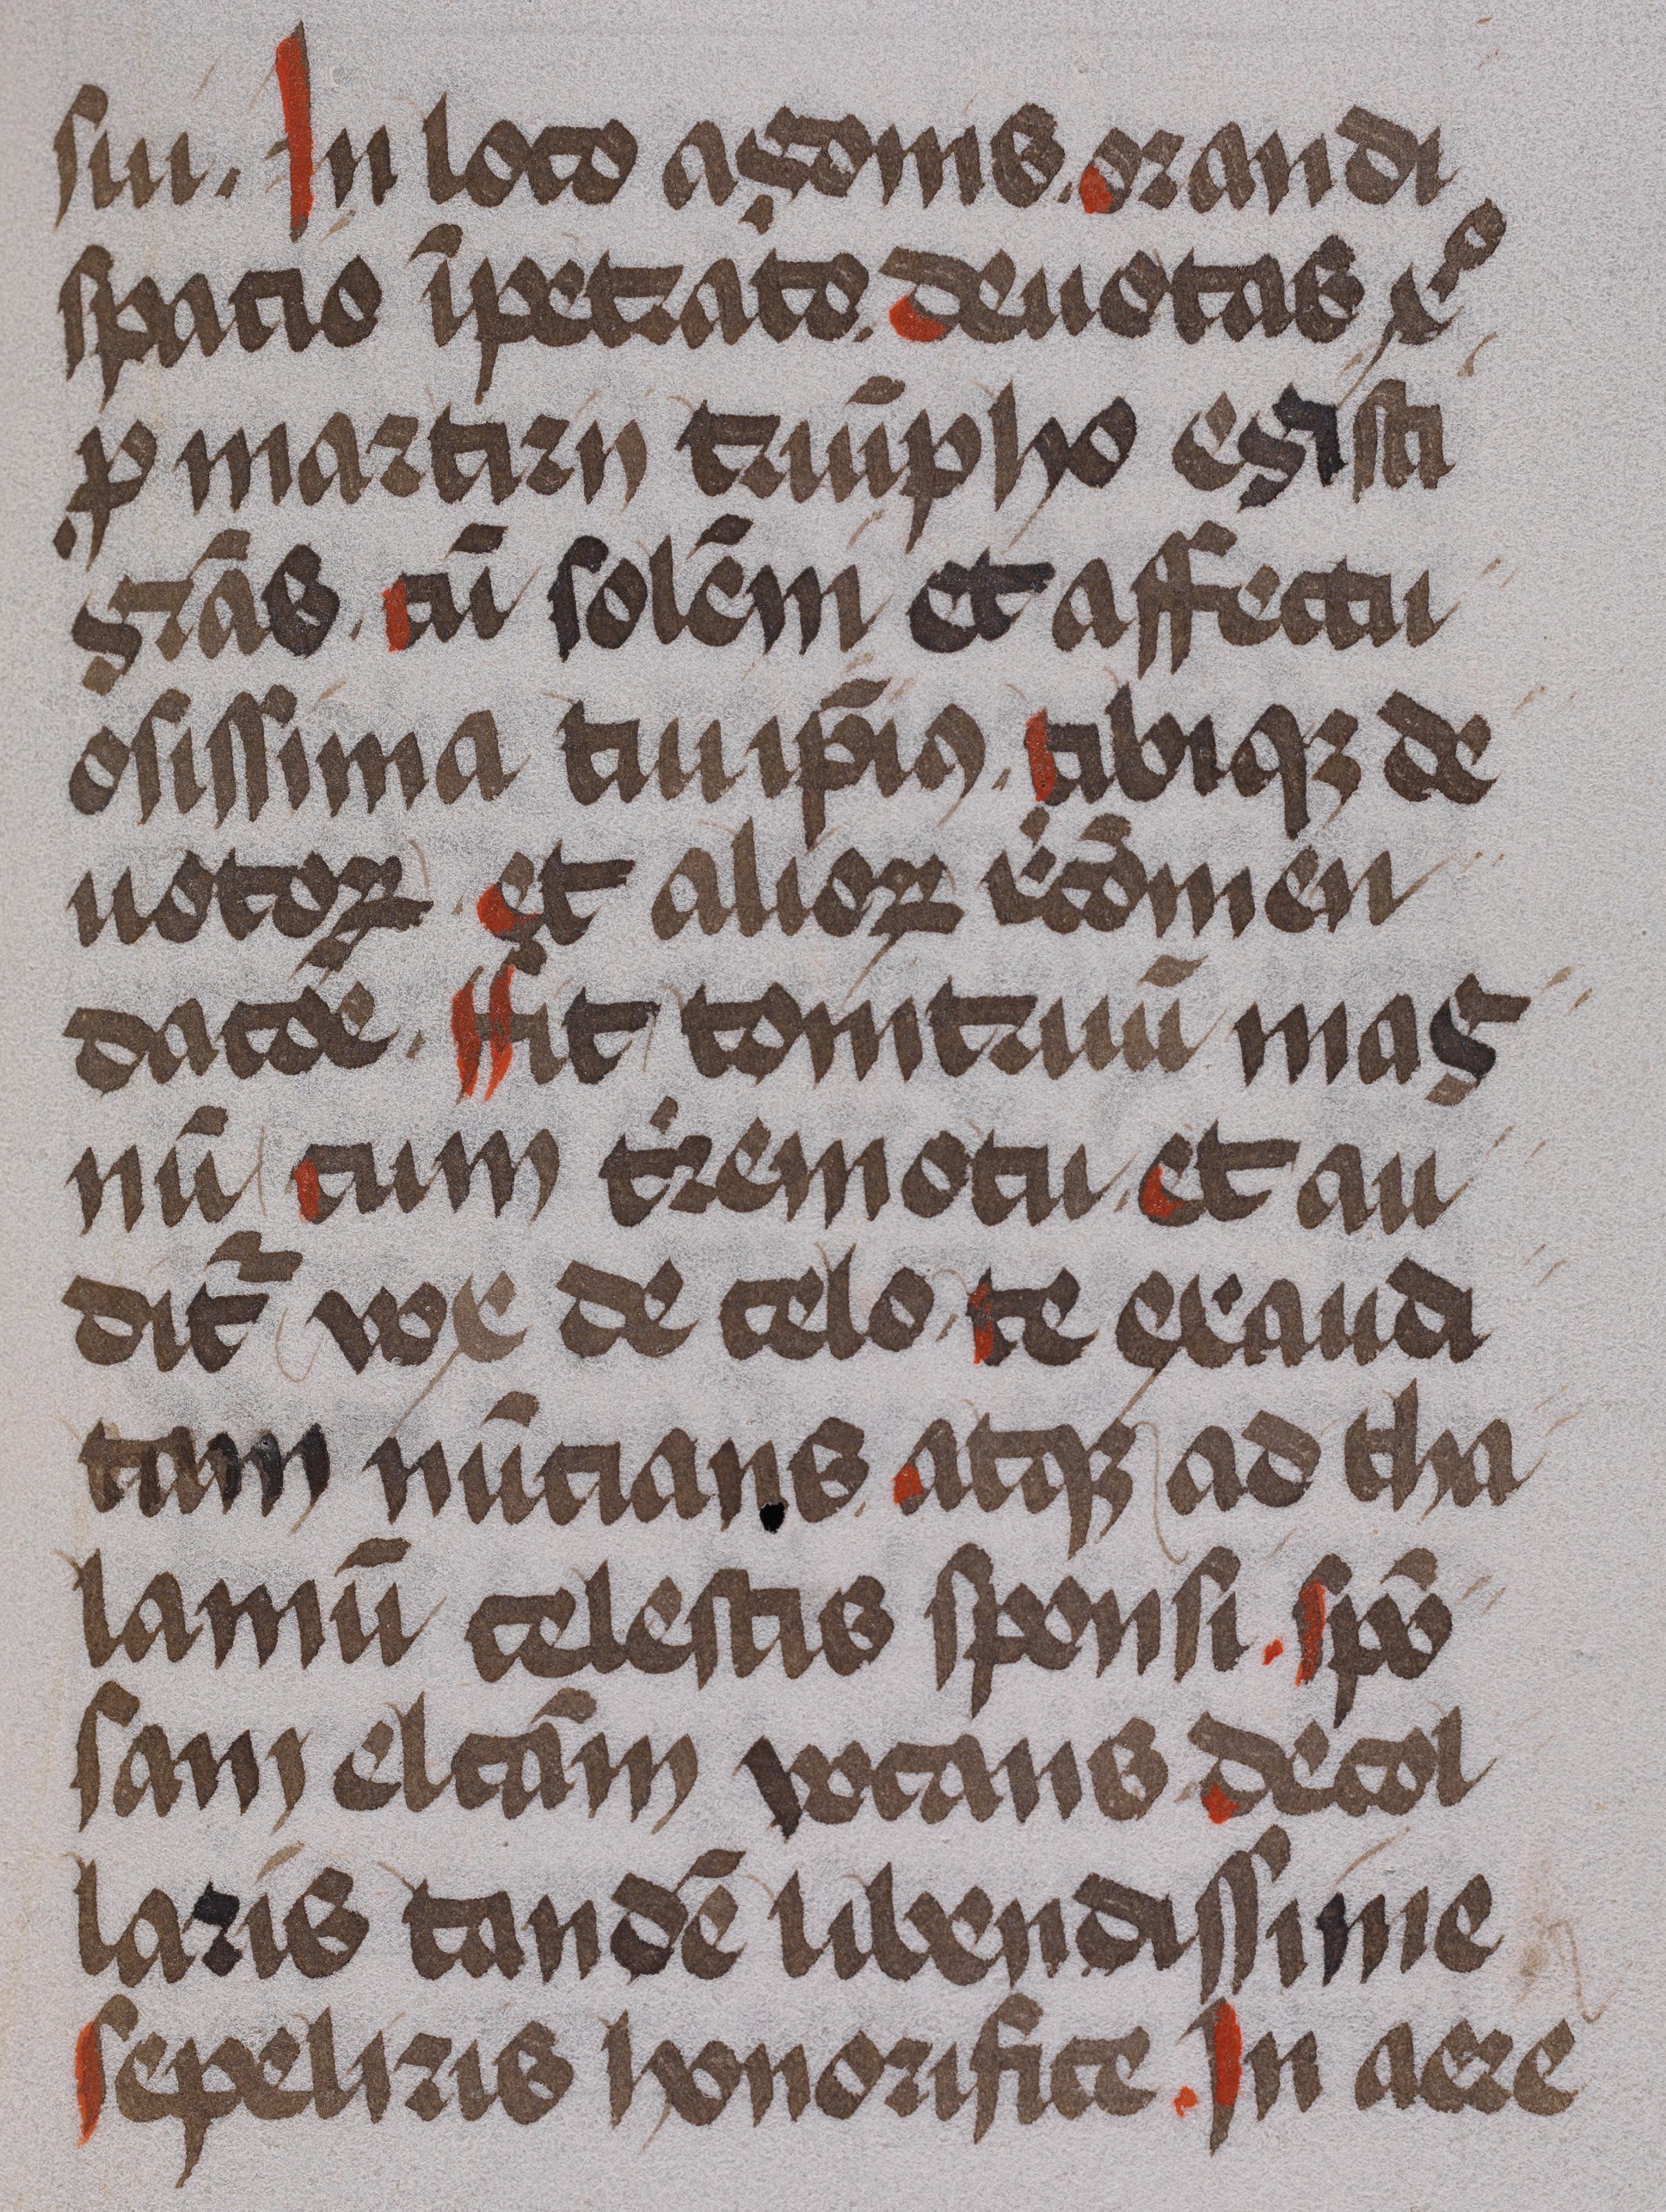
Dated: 1475–1499